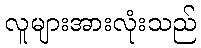
လူများအားလုံးသည်